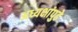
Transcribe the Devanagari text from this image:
अध्यक्षांपुढे